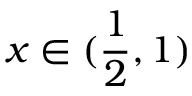
x \in ( \frac { 1 } { 2 } , 1 )